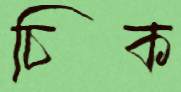
চিক